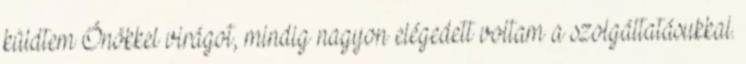
küldtem Önökkel virágot, mindig nagyon elégedett voltam a szolgáltatásukkal.